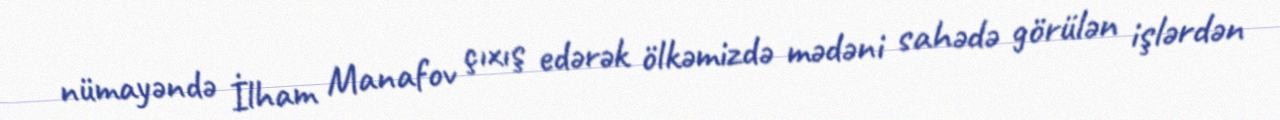
nümayəndə İlham Manafov çıxış edərək ölkəmizdə mədəni sahədə görülən işlərdən